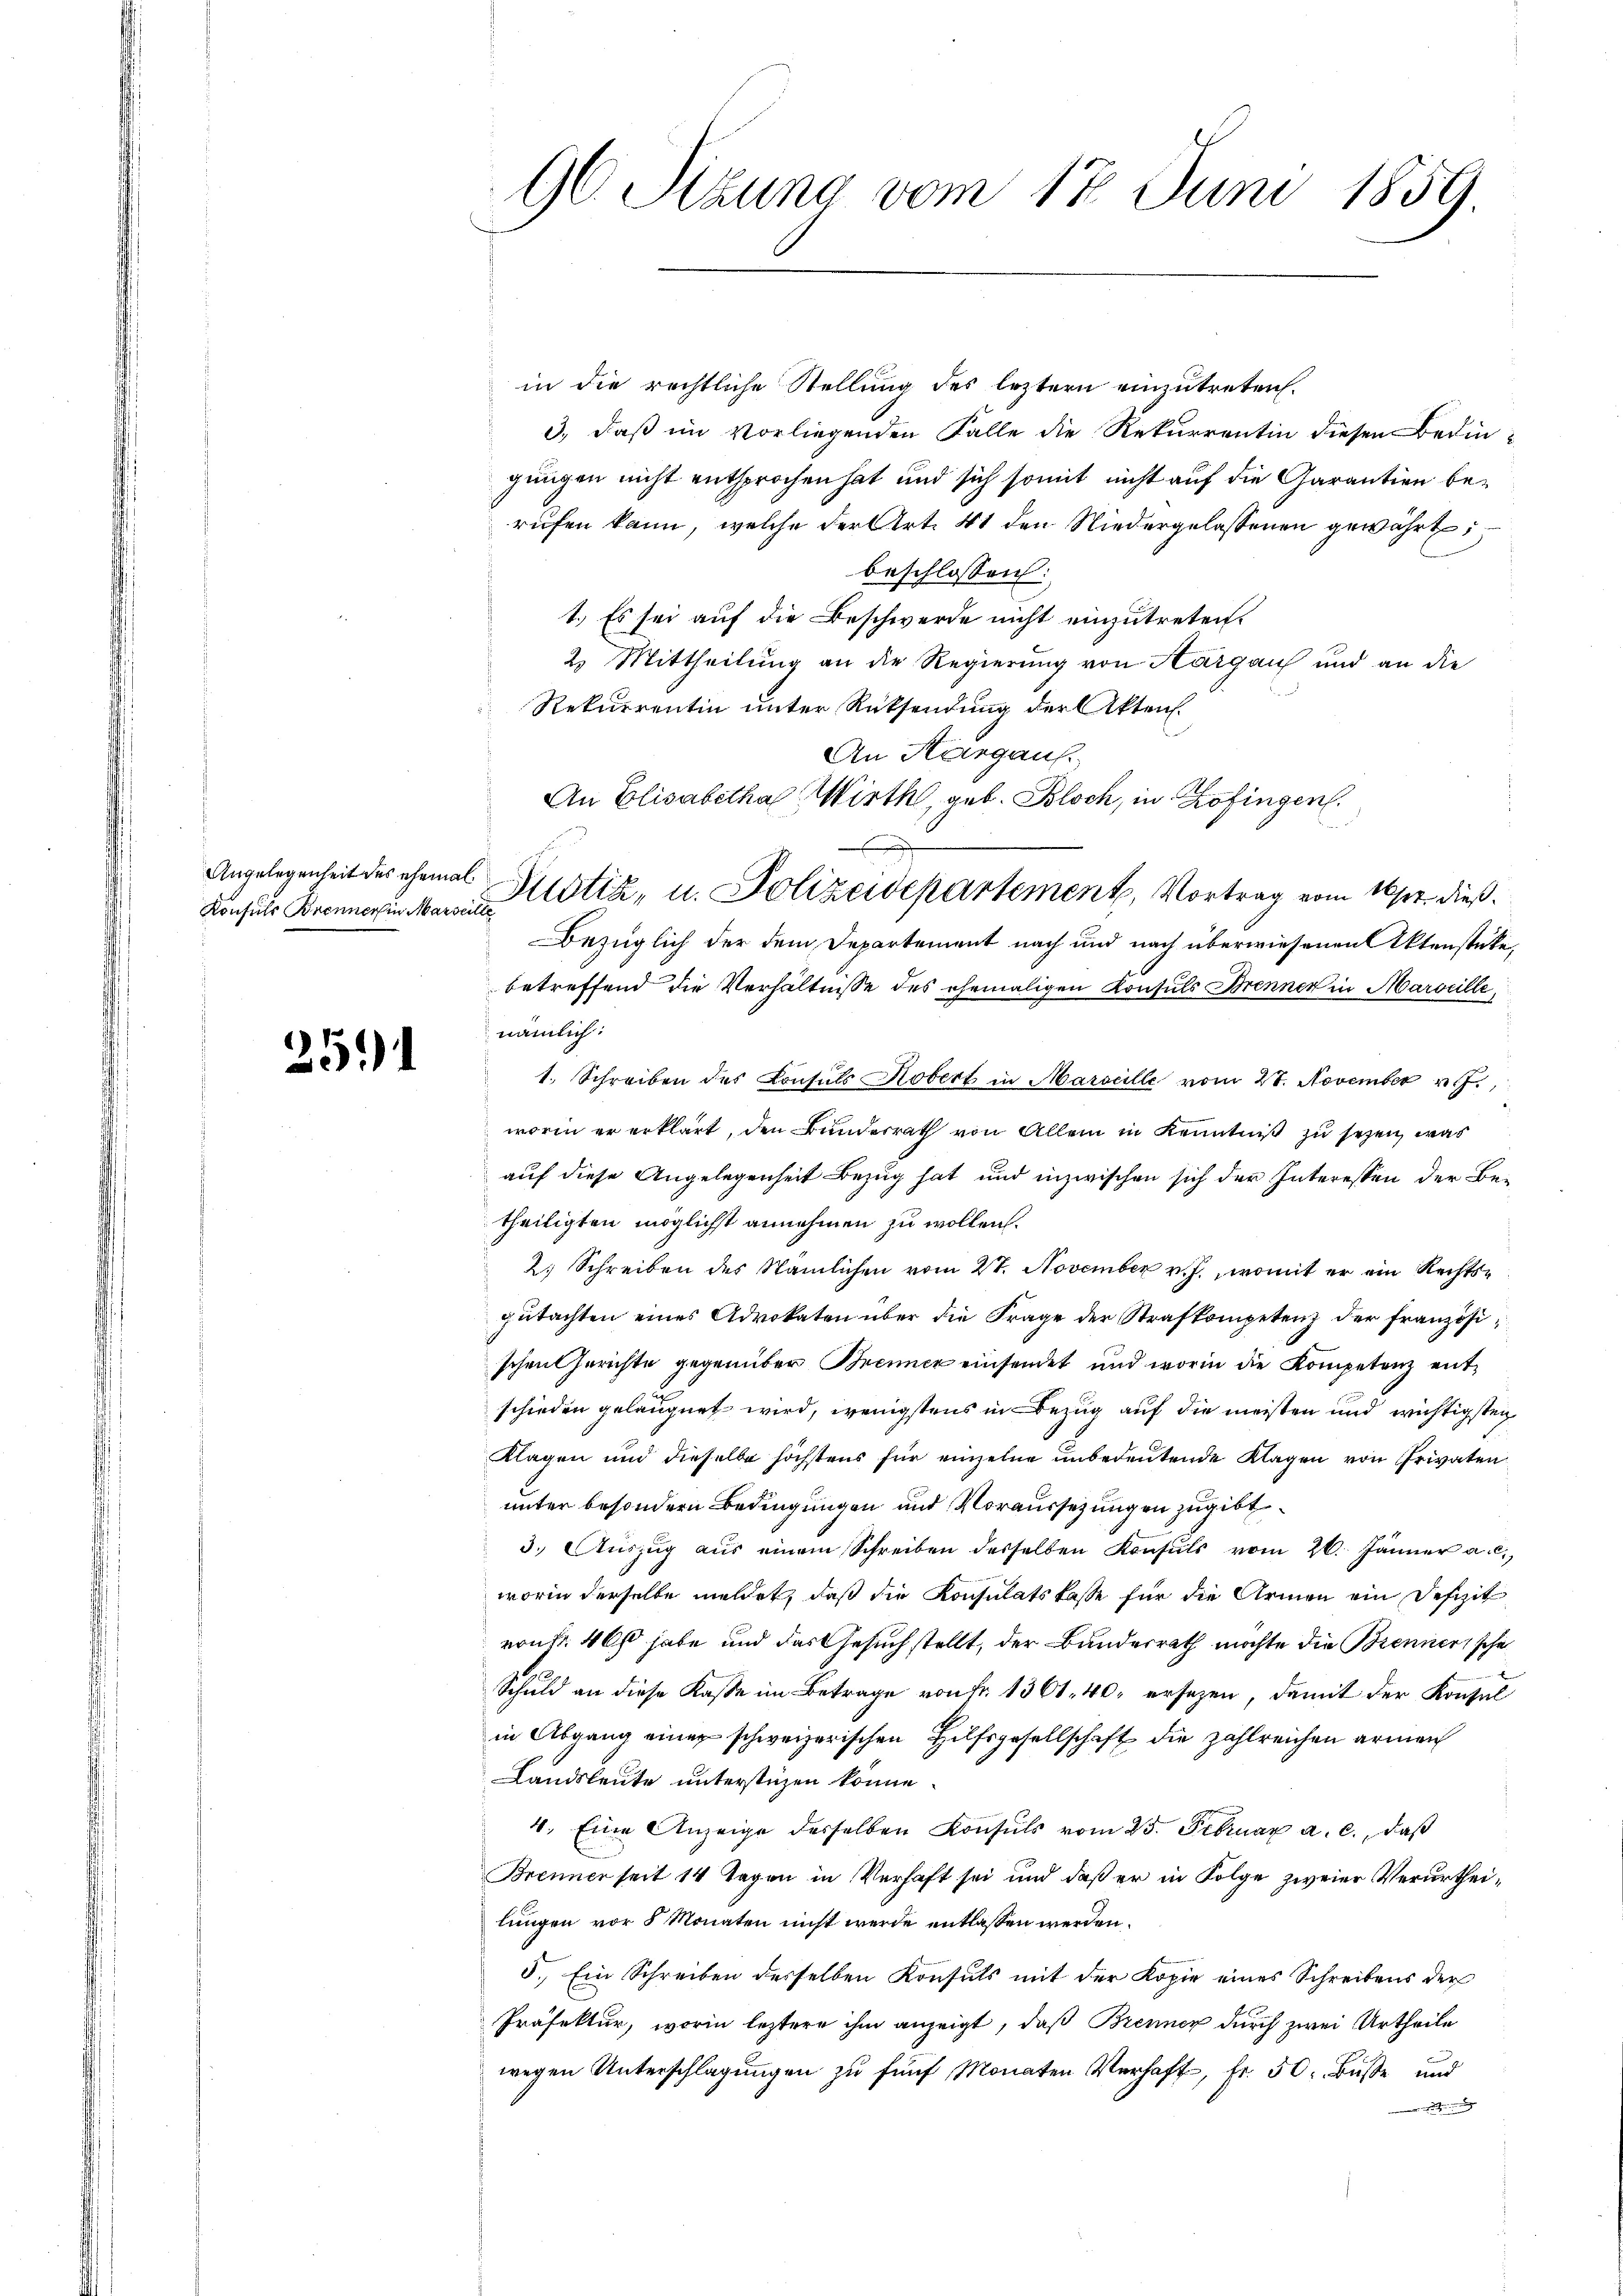
Konsuls Brenners in Marseille

2511

in die rechtliche Stellung des letztern einzutreten.
3., daß im vorliegenden Falle die Rekurrentin diesen Bedingungen nicht entsprochen hat und sich somit nicht auf die Garantien berufen kann, welche der Art. 41 den Niedergelassenen gewährt
beschlossen:
1.) Es sei auf die Beschwerde nicht einzutreten.
2. Mittheilung an die Regierung von Aargau und an die
Rekurrentin unter Rücksendung der Akten.
An Kurgaus.
An Elisabethal Wirth, geb. Bloch, in Zofingen.
Bezüglich der dem Departement nach und nach überwiesenen Aktenstücke,
betreffend die Verhältnisse des ehemaligen Konsuls Brenner in Marseille
nämlich:
1. Schreiben des Consuls Kobert in Marseille vom 27. November 19.
worin er erklärt, den Bunderrath von Allem in Kenntniß zu sehen, was
auf diese Angelegenheit Bezug hat und inzwischen sich der Interessen der Betheiligten möglichst annehmen zu wollen.
2. Schreiben des Nämlichen vom 27. November v. J., womit er ein Rechtsgŭtachten eines Advokaten über die Frage der Strafkompetenz der französischen Gerichte gegenüber Brenner einsendet und worin die Kompetenz entschieden geläugnet wird, wenigstens in Bezug auf die meisten und wichtigsten
Klagen und dieselbe höchstens für einzelne unbedeutende Klagen von Privaten
unter besondern Bedingungen und Voraussetzungen zugibt
3. Aŭszŭg aŭs einem Schreiben desselben Konsuls vom 26. Jänner a. c.
worin derselbe meldet, daß die Konsulatskasse für die Armen ein Defizit
vonFr. 46 habe und das Gesuchstellt, der Bundesrath möchte die Brennertsche
Schuld an diese Kasse im Betrage von Fr. 1361. 40. ersezen, damit der Konsul
in Abgang einer schweizerischen Hilfsgesellschaft die zahlreichen armen
Landsleute unterstüzen könne.
4. Eine Anzeige desselben Konsuls vom 25. Februar a. c., daß
Brenner seit 14 Tagen in Verhaft sei und daß er in Folge zweier Verurtheilungen vor 8 Monaten nicht werde entlassen werden.
5. Ein Schreiben derselben Konsuls mit der Kopie eines Schreibens der
Präfektur, worin leztere ihm anzeigt, daß Brenner durch zwei Urtheile
wegen Unterschlagungen zu fünf Monaten Verhaft, Fr. 50 Buße und

96. Stzung vom 17 Juni 1859.

Angelegenheit des ehemal Fristik, u. Polizeidepartement, Vortrag vom 16. dieß¬